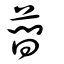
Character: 蕳